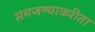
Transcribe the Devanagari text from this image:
समजण्याकरीता